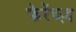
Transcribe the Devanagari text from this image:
फेरेंच्ज़